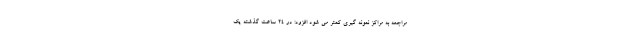
مراجعه به مراکز نمونه گیری کمتر می شود افزود: در ۲۴ ساعت گذشته یک